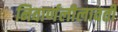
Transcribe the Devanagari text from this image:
निवार्णलीलावती